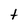
Character: t